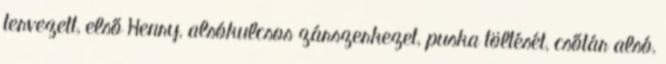
tervezett, első Henry, alsókulcsos zárszerkezet, puska töltését, csőtár alsó,